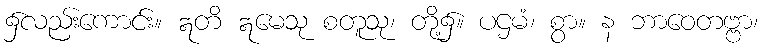
၌လည်းကောင်း။ ဣတိ ဣမေသု စတူသု၊ တို့၌။ ပဌမံ၊ စွာ။ န ဘာဝေတဗ္ဗာ၊